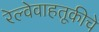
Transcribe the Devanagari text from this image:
रेल्वेवाहतूकीचे